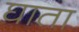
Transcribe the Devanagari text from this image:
घाता